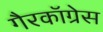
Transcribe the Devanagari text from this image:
गैरकॉग्रेस